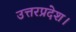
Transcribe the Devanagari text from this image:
उत्तरप्रदेश।